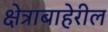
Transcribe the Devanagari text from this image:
क्षेत्राबाहेरील